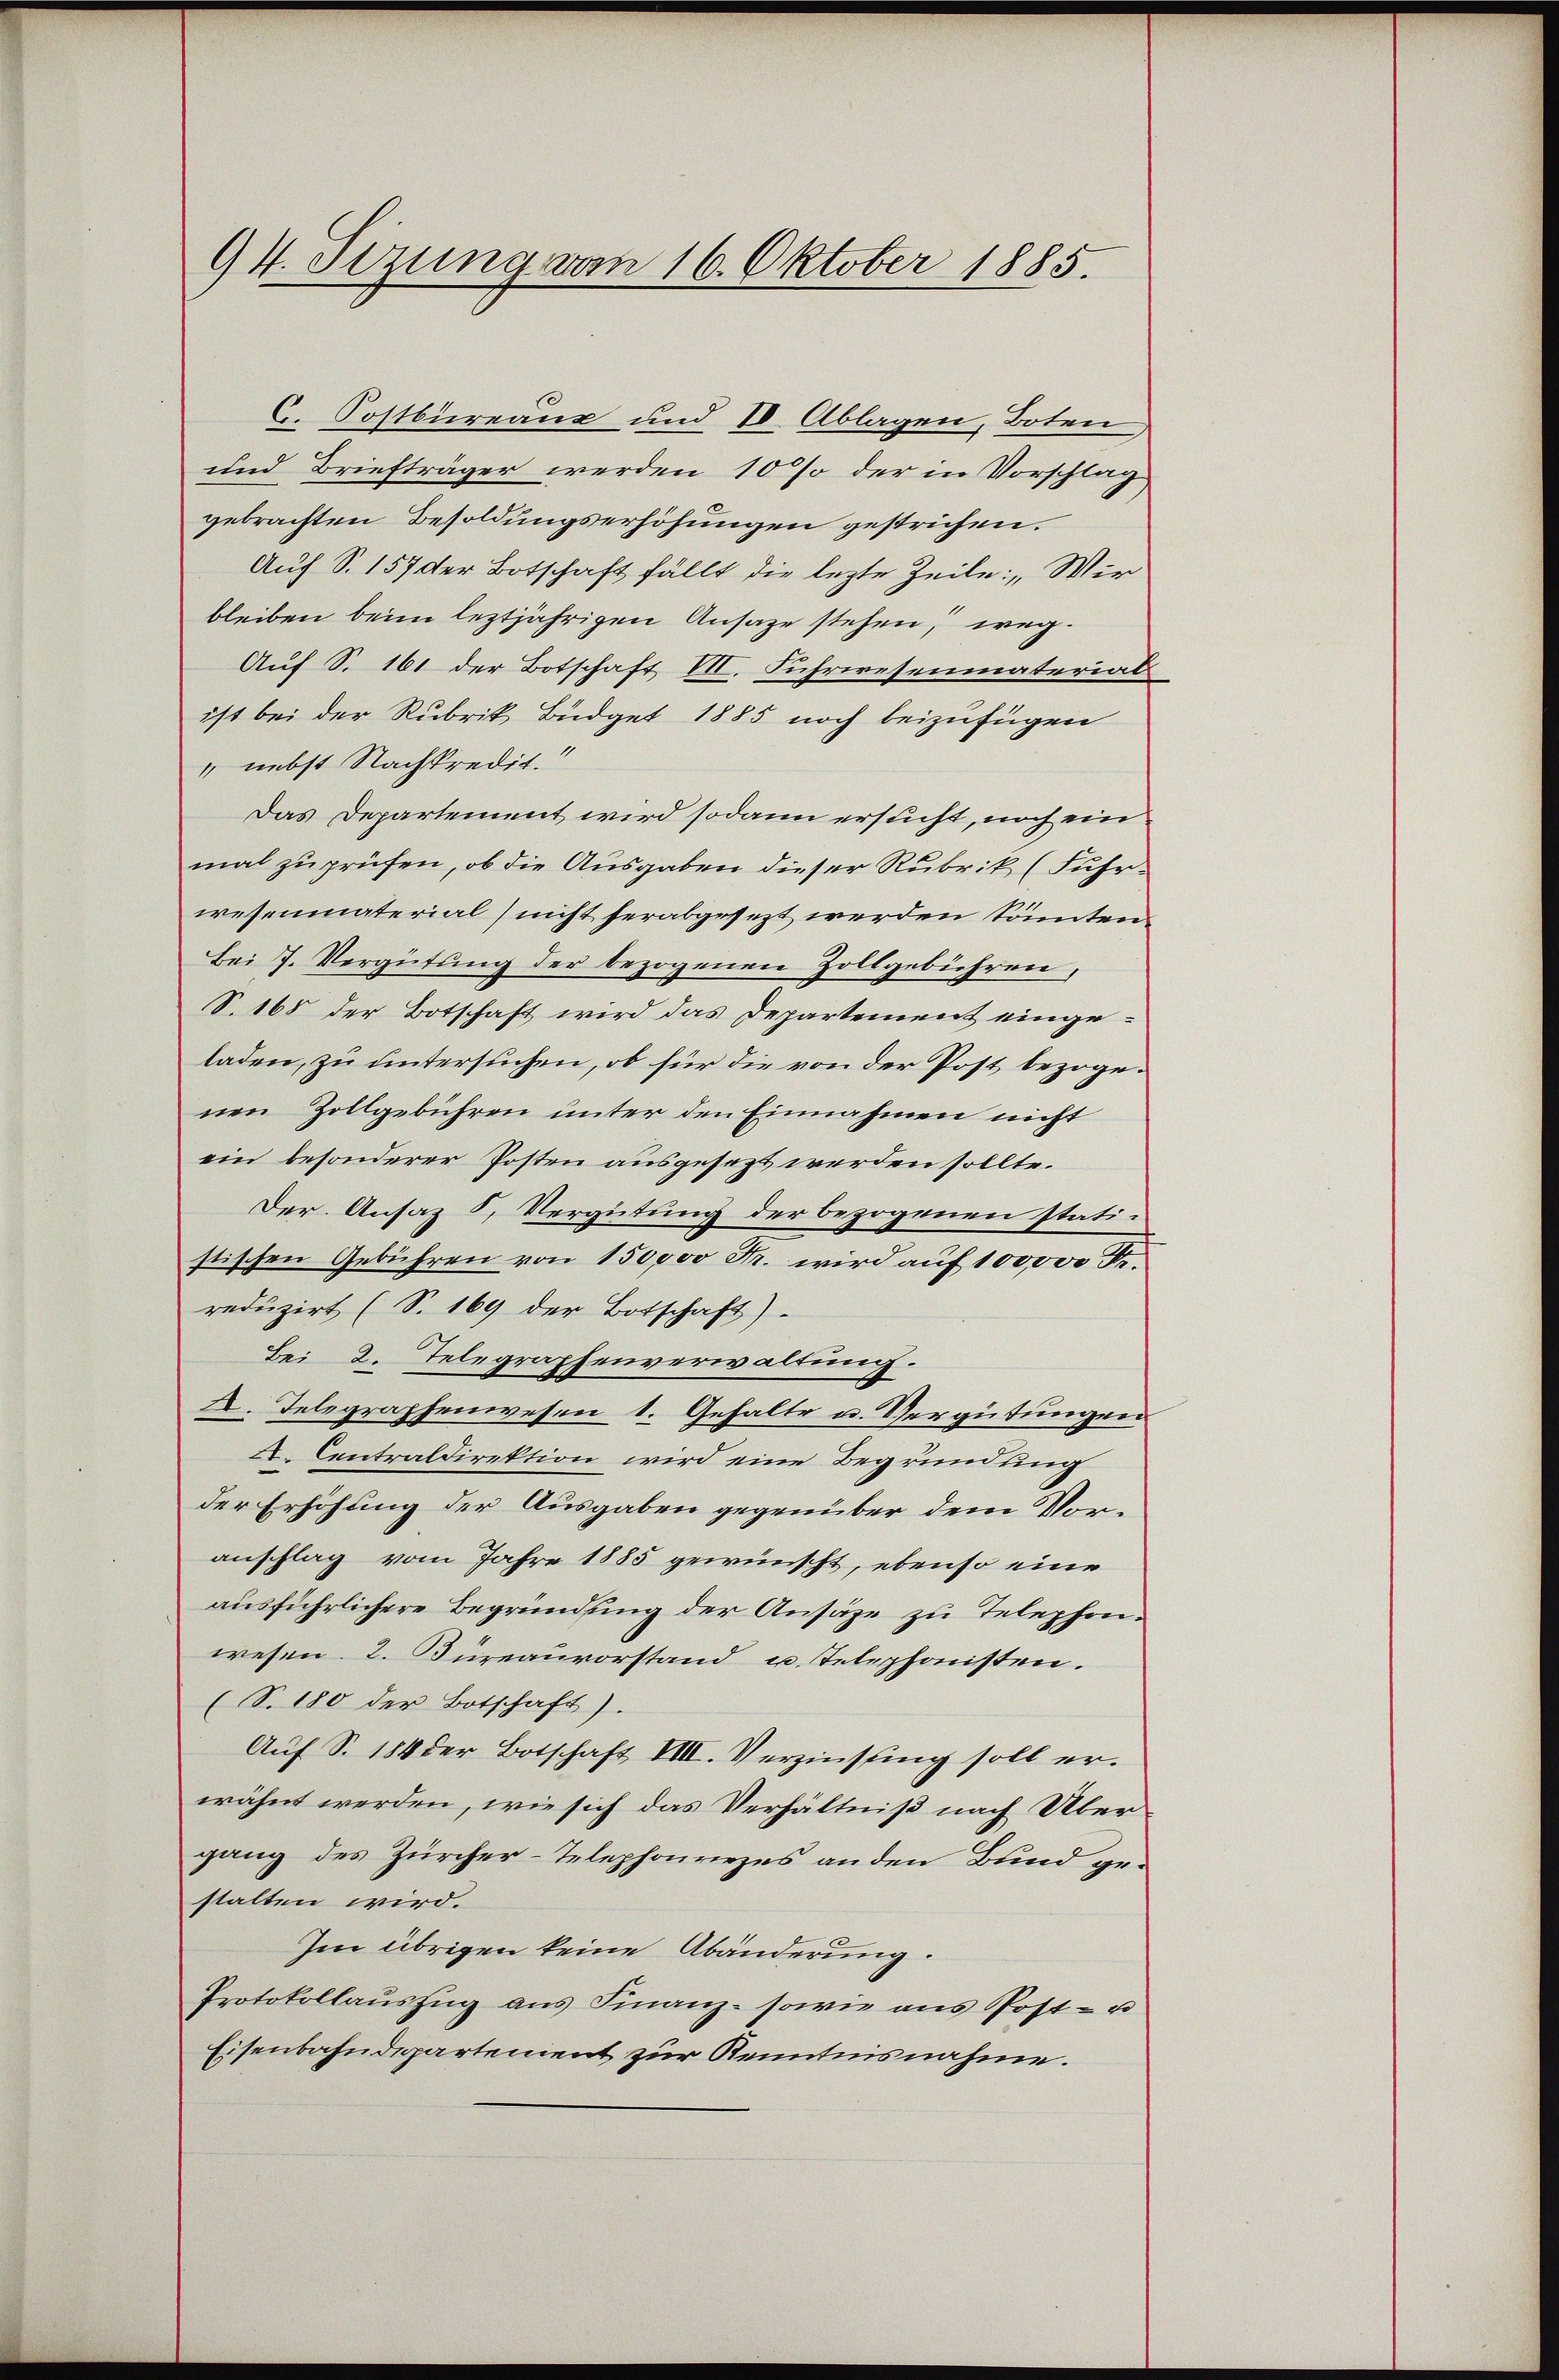
94. Sizung vom 16. Oktober 1885.

C. Postbureaux und IV. Ablagen, Boten
und Briefträger werden 10 % der in Vorschlag,
gebrachten Besoldungserhöhungen gestrichen.
Auf S. 157 der Botschaft fällt die lezte Zeile: „Wir
bleiben beim leztjährigen Ansage stehen, weg.
Auf S. 161 der Botschaft VII. Fuhrwesenmaterial
ist bei der Rubrik Büdget 1885 noch beizufügen
" nebst Nachkredit.
Das Departement wird sodann ersucht, noch einmal zu prüfen, ob die Ausgaben dieser Rubrik (Fuhrwesenmaterial (nicht herabgesezt werden könnten.
Bei J. Vergütŭng der bezogenen Zollgebühren,
S. 168 der Botschaft wird das Departement eingeladen, zu untersuchen, ob für die von der Post bezogenen Zollgebühren unter den Einnahmen nicht
ein besonderer Posten ausgesezt werden sollte.
Der Ansaz 5, Vergütung der bezogenen statistischen Gebühren von 150000 Fr. wird auf 100,000 Fr.
reduzirt (S. 169 der Botschaft).
Bei d. Telegraphenverwaltung.
A. Telegraphenwesen 1. Gehalte u. Vergütungen
X. Centraldirektion wird eine Begründung
der Erhöhung der Ausgaben gegenüber dem Voranschlag vom Jahre 1885 gewünscht, ebenso eine
ausführlichere Begründung der Ansäze zu Telephonwesen. 2. Türeauvorstand u. Telephonisten.
(S. 180 der Botschaft).
Auf S. 184 der Botschaft VIII. Verzinsung soll erwähnt werden, wie sich das Verhältniß nach Übergang des Zürcher-Telephonrezes an den Bund gestalten wird.
Im übrigen keine Abänderung.
Protokollauszug aus Finanz- sowie ans Post- u
Eisenbahndepartement zur Kenntnisnahme.